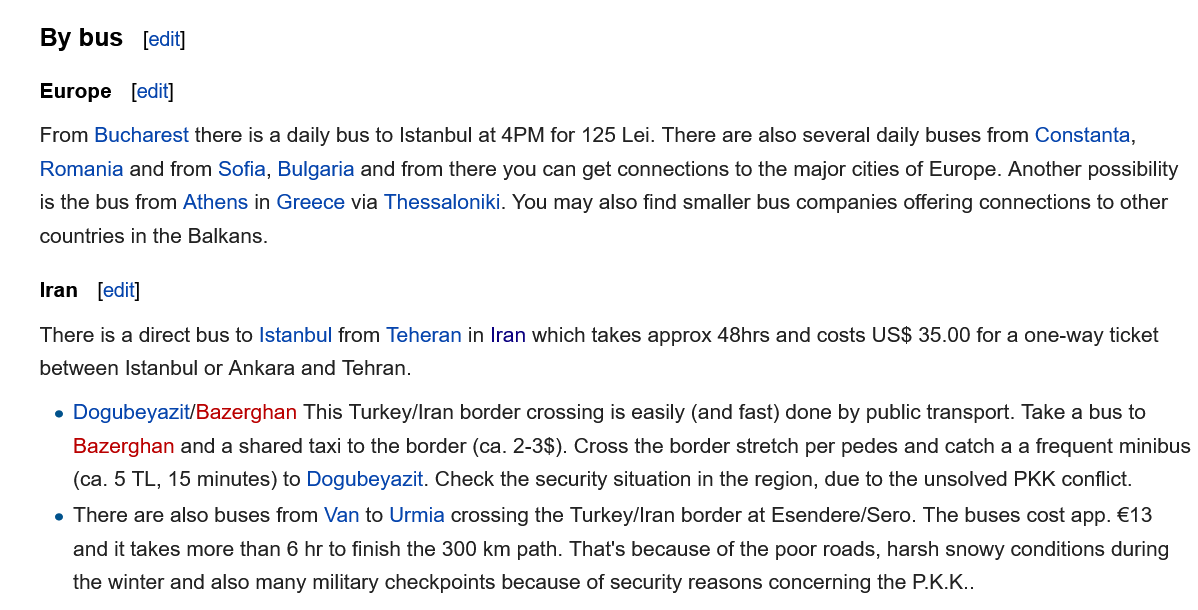
e There are also buses from Van to Urmia crossing the Turkey/Iran border at Esendere/Sero. The buses cost app. €13
     and it takes more than 6 hr to finish the 300 km path. That's because of the poor roads, harsh snowy conditions during
     the winter and also many military checkpoints because of security reasons concerning the P.K.K..
     e Dogubeyazit/Bazerghan This Turkey/Iran border crossing is easily (and fast) done by public transport. Take a bus to
     Bazerghan and a shared taxi to the border (ca. 2-3$). Cross the border stretch per pedes and catch a a frequent minibus
     (ca. 5 TL, 15 minutes) to Dogubeyazit. Check the security situation in the region, due to the unsolved PKK conflict.
    There is a direct bus to Istanbul from Teheran in Iran which takes approx 48hrs and costs US$ 35.00 for a one-way ticket
    between Istanbul or Ankara and Tehran.
    Iran [edit]
    From Bucharest there is a daily bus to Istanbul at 4PM for 125 Lei. There are also several daily buses from Constanta,
    Romania and from Sofia, Bulgaria and from there you can get connections to the major cities of Europe. Another possibility
    is the bus from Athens in Greece via Thessaloniki. You may also find smaller bus companies offering connections to other
    countries in the Balkans.
    Europe  [edit]
    By  bus   [edit]